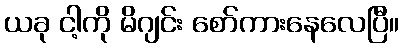
ယခု ငါ့ကို မိဂျင်း စော်ကားနေလေပြီ။